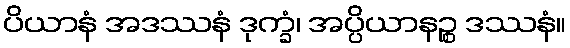
ပိယာနံ အဒဿနံ ဒုက္ခံ၊ အပ္ပိယာနဉ္စ ဒဿနံ။